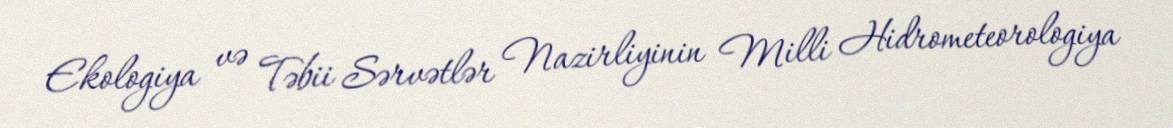
Ekologiya və Təbii Sərvətlər Nazirliyinin Milli Hidrometeorologiya